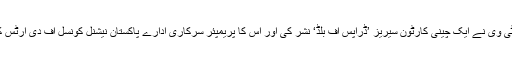
رواں سال کے آغاز میں پی ٹی وی نے ایک چینی کارٹون سیریز ’ڈراپس آف بلڈ‘ نشر کی اور اس کا پریمپئر سرکاری ادارے پاکستان نیشنل کونسل آف دی آرٹس کے تعاون سے منعقد کیا گیا۔